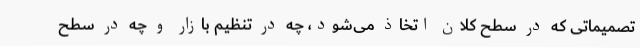
تصمیماتی که در سطح کلان اتخاذ می‌شود، چه در تنظیم بازار و چه در سطح